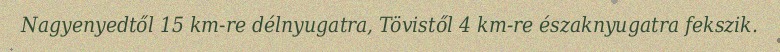
Nagyenyedtől 15 km-re délnyugatra, Tövistől 4 km-re északnyugatra fekszik.